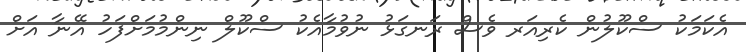
އެކަމަކު ސްކޫލުން ކެރިއަރ ވެސް ރަނގަޅު ނުވުމާއެކު ސްކޫލް ނިންމުމަށްފަހު އޭނާ އަށް